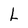
Character: L